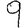
Digit: 9